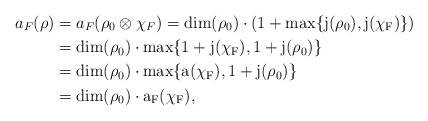
\begin{align*} a_F(\rho) &=a_F(\rho_0\otimes\chi_F)=\rm{dim}(\rho_0)\cdot\left(1+\rm{max}\{j(\rho_0),j(\chi_F)\}\right)\\ &=\rm{dim}(\rho_0)\cdot\rm{max}\{1+j(\chi_F), 1+j(\rho_0)\}\\ &=\rm{dim}(\rho_0)\cdot\rm{max}\{a(\chi_F), 1+j(\rho_0)\}\\ &=\rm{dim}(\rho_0)\cdot a_F(\chi_F),\end{align*}